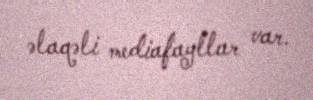
əlaqəli mediafayllar var.